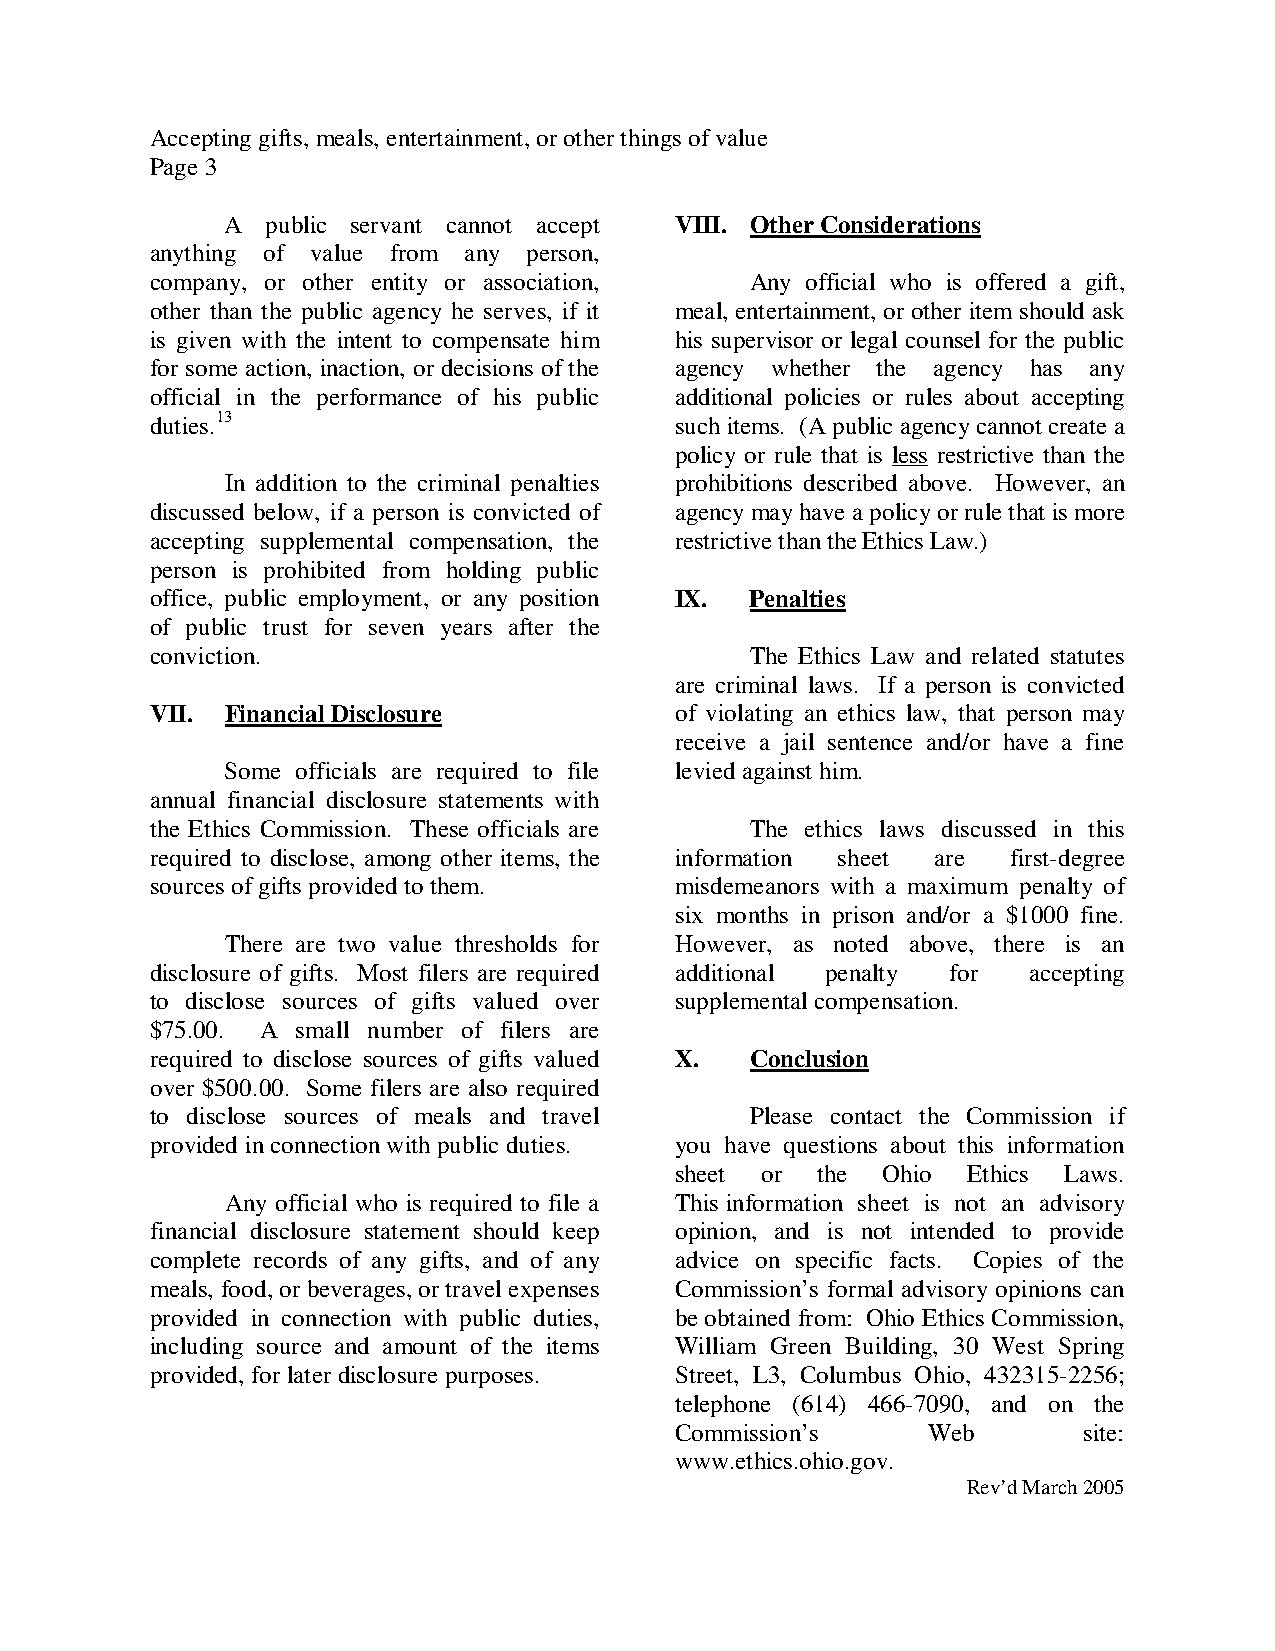
Accepting gifts, meals, entertainment, or other things of value
 Page 3
 A  public servant cannot accept VIII. Other Considerations
 anything of value from any person,
 company, or other entity or association, Any official who is offered a gift,
 other than the public agency he serves, if it meal, entertainment, or other item should ask
 is given with the intent to compensate him his supervisor or legal counsel for the public
 for some action, inaction, or decisions of the agency whether the agency has any
 official in the performance of his public additional policies or rules about accepting
 duties.13                          such items. (A public agency cannot create a
 policy or rule that is less restrictive than the
 In addition to the criminal penalties prohibitions described above. However, an
 discussed below, if a person is convicted of agency may have a policy or rule that is more
 accepting supplemental compensation, the restrictive than the Ethics Law.)
 person is prohibited from holding public
 office, public employment, or any position IX. Penalties
 of public trust for seven years after the
 conviction.                             The Ethics Law and related statutes
 are criminal laws. If a person is convicted
 VII. Financial Disclosure          of violating an ethics law, that person may
 receive a jail sentence and/or have a fine
 Some officials are required to file levied against him.
 annual financial disclosure statements with
 the Ethics Commission. These officials are The ethics laws discussed in this
 required to disclose, among other items, the information sheet are first-degree
 sources of gifts provided to them. misdemeanors with a maximum penalty of
 six months in prison and/or a $1000 fine.
 There are two value thresholds for However, as noted above, there is an
 disclosure of gifts. Most filers are required additional penalty for accepting
 to disclose sources of gifts valued over supplemental compensation.
 $75.00. A small number of filers are
 required to disclose sources of gifts valued X. Conclusion
 over $500.00. Some filers are also required
 to disclose sources of meals and travel Please contact the Commission if
 provided in connection with public duties. you have questions about this information
 sheet or the Ohio  Ethics Laws.
 Any official who is required to file a This information sheet is not an advisory
 financial disclosure statement should keep opinion, and is not intended to provide
 complete records of any gifts, and of any advice on specific facts. Copies of the
 meals, food, or beverages, or travel expenses Commission’s formal advisory opinions can
 provided in connection with public duties, be obtained from: Ohio Ethics Commission,
 including source and amount of the items William Green Building, 30 West Spring
 provided, for later disclosure purposes. Street, L3, Columbus Ohio, 432315-2256;
 telephone (614) 466-7090, and on the
 Commission’s    Web        site:
 www.ethics.ohio.gov.
 Rev’d March 2005